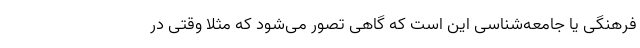
فرهنگی یا جامعه‌شناسی این است که گاهی تصور می‌شود که مثلاً وقتی در